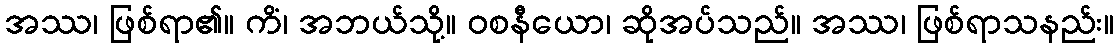
အဿ၊ ဖြစ်ရာ၏။ ကိံ၊ အဘယ်သို့။ ဝစနီယော၊ ဆိုအပ်သည်။ အဿ၊ ဖြစ်ရာသနည်း။